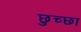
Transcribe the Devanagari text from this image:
छुच्छा